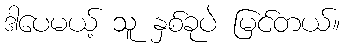
ဒါပေမယ့် သူ နှစ်ခုပဲ မြင်တယ်။